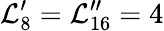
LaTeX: \mathcal{L}_{8}^{\prime}=\mathcal{L}_{16}^{\prime\prime}=4